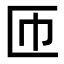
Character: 匝